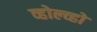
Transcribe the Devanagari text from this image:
व्होल्व्हो